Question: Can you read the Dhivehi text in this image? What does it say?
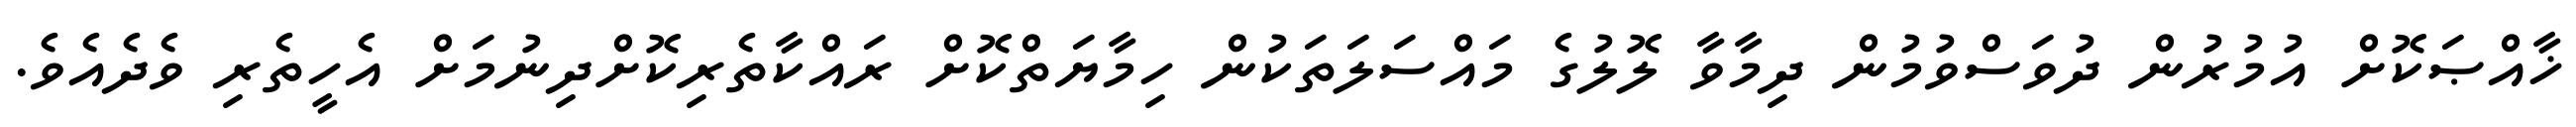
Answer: ޚާއްޞަކޮށް އުމުރުން ދުވަސްވުމުން ދިމާވާ ލޮލުގެ މައްސަލަތަކުން ހިމާޔަތްކޮށް ރައްކާތެރިކޮށްދިނުމަށް އެހީތެރި ވެދެއެވެ.